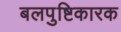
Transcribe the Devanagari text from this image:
बलपुष्टिकारक